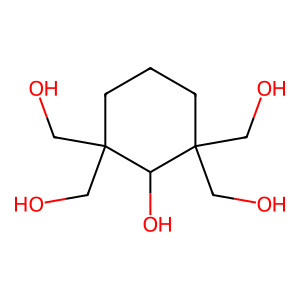
SMILES: OCC1(CO)CCCC(CO)(CO)C1O
Inhibits HIV replication: No